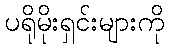
ပရိုမိုးရှင်းများကို